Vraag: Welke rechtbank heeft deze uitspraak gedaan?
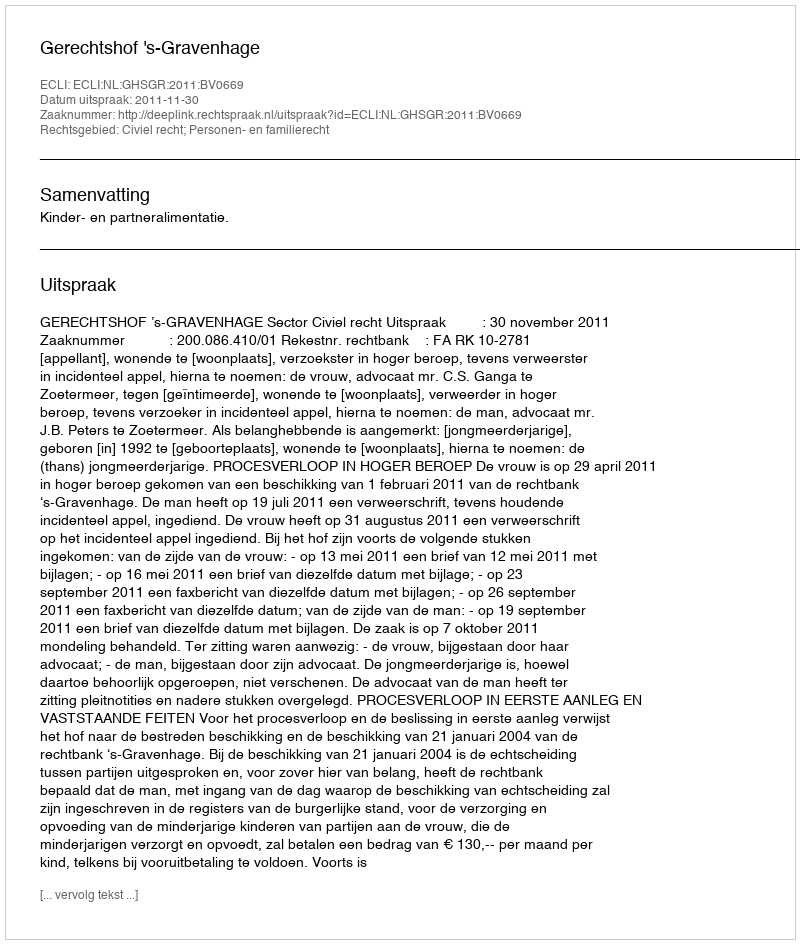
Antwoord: Gerechtshof 's-Gravenhage